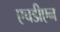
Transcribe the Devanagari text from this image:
एचडीएन